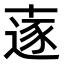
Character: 𠦹